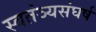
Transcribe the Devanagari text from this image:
स्वतंञ्यसंघर्ष